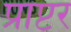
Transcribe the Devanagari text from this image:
प्राप्टर